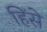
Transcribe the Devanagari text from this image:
हिंसे